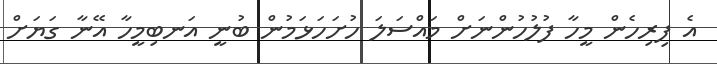
އެ ފިރިހެން މީހާ ފުލުހުންނަށް މައްސަލަ ހުށަހަޅަމުން ބުނީ އަނބިމީހާ އޭނާ ގަޔަށް